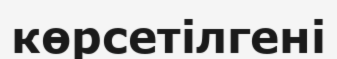
көрсетілгені